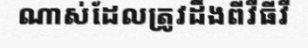
ណាស់ដែលត្រូវដឹងពីវីធីវី